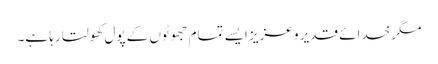
مگر خدائے قدیر و عزیز ایسے تمام جھوٹوں کے پول کھولتا رہا ہے۔